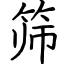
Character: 筛